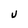
Character: U